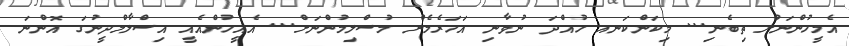
އެމީހުންނަށް ތިބެނި... މިކަންކަނއ ހުއްދަ ނުވާނި އަހަރެމެން މުސްލިމުންނަށް... އެއީހުންއެއީ އިސްލާމްދީނުގަ އޮންނަ